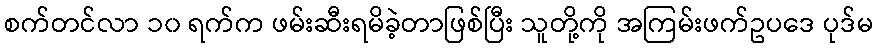
စက်တင်လာ ၁၀ ရက်က ဖမ်းဆီးရမိခဲ့တာဖြစ်ပြီး သူတို့ကို အကြမ်းဖက်ဥပဒေ ပုဒ်မ